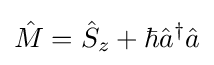
{\hat {M}}={\hat {S}}_{z}+\hbar {\hat {a}}^{\dagger }{\hat {a}}